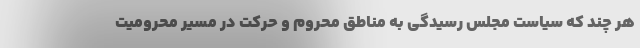
هر چند که سیاست مجلس رسیدگی به مناطق محروم و حرکت در مسیر محرومیت